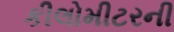
કીલોમીટરની